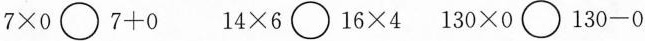
$$7 \times 0 \bigcirc 7 + 0$$ $$14 \times 6 \bigcirc 16 \times 4$$ $$130 \times 0 \bigcirc 130 - 0$$